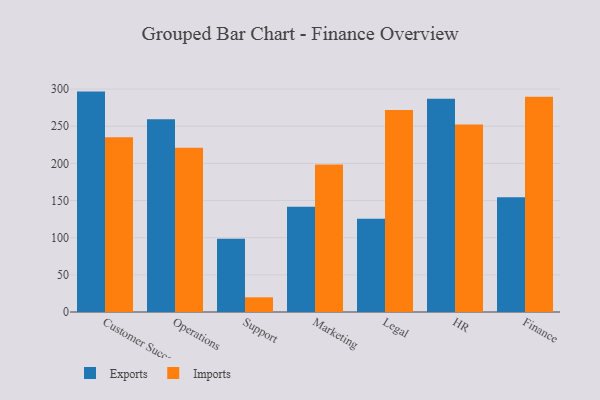
{"axis": {"x": "Department", "y": "Humidity (%)"}, "legend": ["Exports", "Imports"], "data": [{"x": "Customer Success", "y": 296.6, "type": "Exports"}, {"x": "Customer Success", "y": 235.2, "type": "Imports"}, {"x": "Operations", "y": 259.3, "type": "Exports"}, {"x": "Operations", "y": 221.2, "type": "Imports"}, {"x": "Support", "y": 98.6, "type": "Exports"}, {"x": "Support", "y": 19.8, "type": "Imports"}, {"x": "Marketing", "y": 141.5, "type": "Exports"}, {"x": "Marketing", "y": 198.4, "type": "Imports"}, {"x": "Legal", "y": 125.4, "type": "Exports"}, {"x": "Legal", "y": 271.8, "type": "Imports"}, {"x": "HR", "y": 287.1, "type": "Exports"}, {"x": "HR", "y": 252.3, "type": "Imports"}, {"x": "Finance", "y": 154.3, "type": "Exports"}, {"x": "Finance", "y": 289.8, "type": "Imports"}]}